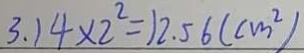
3 . 1 4 \times 2 ^ { 2 } = 1 2 . 5 6 ( c m ^ { 2 } )